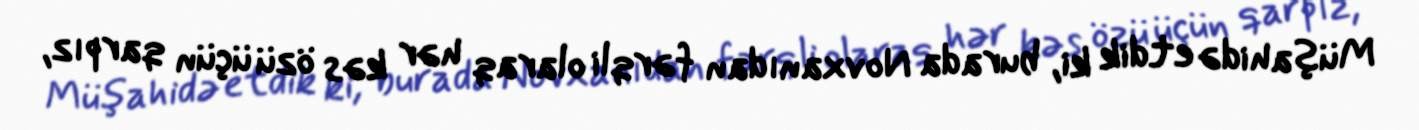
Müşahidə etdik ki, burada Novxanıdan fərqli olaraq hər kəs özü üçün qarpız,